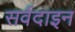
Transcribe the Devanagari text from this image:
सर्वदाइन